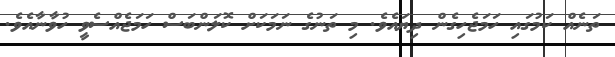
ތަނެއް ކަމުގައި ހަމަޖެހިގެން ދިޔައެވެ. މި ތަނުގެ ނަމަކަށް ކޮލަންބަސް ހަމަޖެއްސެވީ ހުވާނާއެވެ.